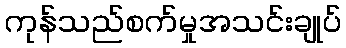
ကုန်သည်စက်မှုအသင်းချုပ်